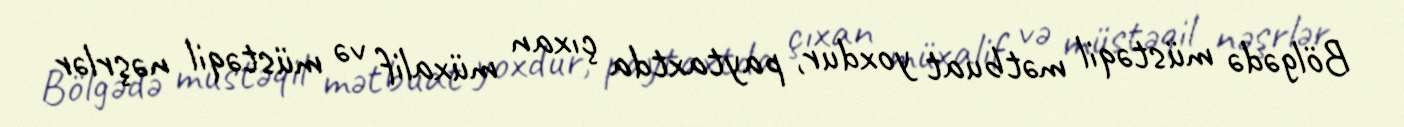
Bölgədə müstəqil mətbuat yoxdur, paytaxtda çıxan müxalif və müstəqil nəşrlər